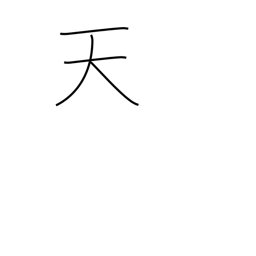
Meaning: heavens